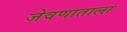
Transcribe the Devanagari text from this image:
जेवणाताला